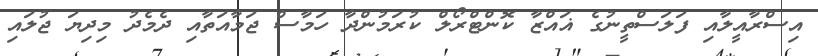
އިސްރާއީލާއި ފަލަސްތީނުގެ ޣައްޒާ ކޮންޓްރޯލް ކުރަމުންދާ ހަމާސް ޖަމާއަތާއި ދެމެދު މިދިޔަ ޖުލައި